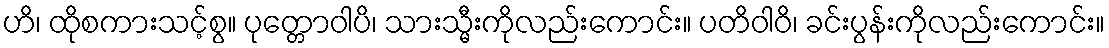
ဟိ၊ ထိုစကားသင့်စွ။ ပုတ္တောဝါပိ၊ သားသ္မီးကိုလည်းကောင်း။ ပတိဝါဝိ၊ ခင်းပွန်းကိုလည်းကောင်း။